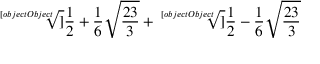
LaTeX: { \sqrt [ [object Object] ] { { \frac { 1 } { 2 } } + { \frac { 1 } { 6 } } { \sqrt { \frac { 2 3 } { 3 } } } } } + { \sqrt [ [object Object] ] { { \frac { 1 } { 2 } } - { \frac { 1 } { 6 } } { \sqrt { \frac { 2 3 } { 3 } } } } }